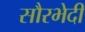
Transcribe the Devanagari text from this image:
सौरभेदी